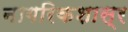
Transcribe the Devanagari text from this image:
नागरिकशास्र